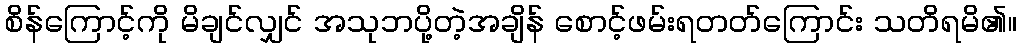
စိန်ကြောင့်ကို မိချင်လျှင် အသုဘပို့တဲ့အချိန် စောင့်ဖမ်းရတတ်ကြောင်း သတိရမိ၏။